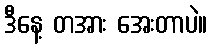
ဒီနေ့ တအား အေးတာပဲ။